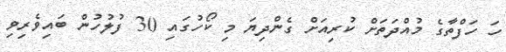
ހަ ހަފްތާގެ މުއްދަތަށް ކުރިއަށް ގެންދިޔަ މި ކޯހުގައި 30 ފުލުހުން ބައިވެރިވި